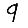
Digit: 9